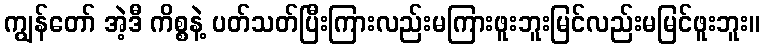
ကျွန်တော် အဲ့ဒီ ကိစ္စနဲ့ ပတ်သတ်ပြီးကြားလည်းမကြားဖူးဘူးမြင်လည်းမမြင်ဖူးဘူး။